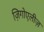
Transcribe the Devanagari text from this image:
ज़िगोएलीज़